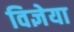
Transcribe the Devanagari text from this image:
विज्ञेया